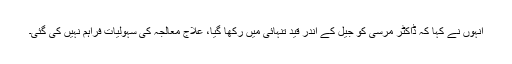
انہوں نے کہا کہ ڈاکٹر مرسی کو جیل کے اندر قید تنہائی میں رکھا گیا، علاج معالجہ کی سہولیات فراہم نہیں کی گئی۔